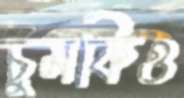
চুমকিও